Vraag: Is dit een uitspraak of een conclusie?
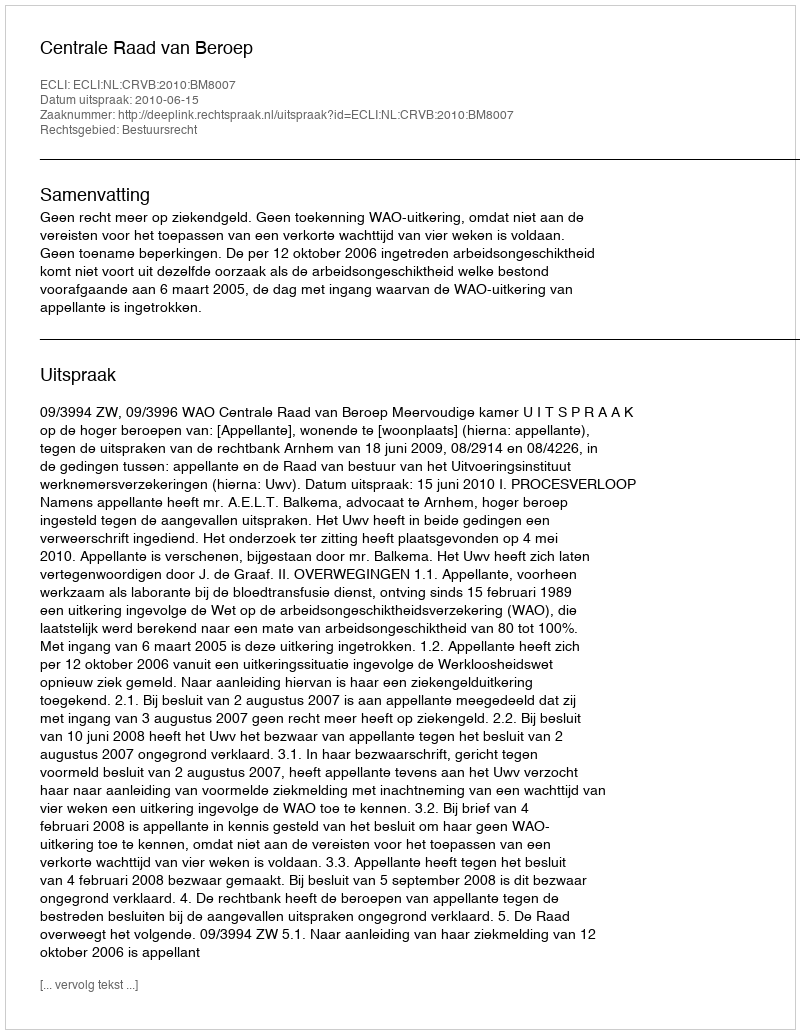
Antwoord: Uitspraak